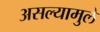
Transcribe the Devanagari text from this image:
असल्यामुले